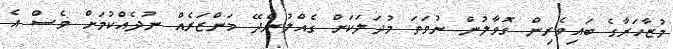
މުޒާހަރާގެ ބައިވެރިން ގޮވާލުން ނުވަތަ މުދަލަކަށް ގެއްލުންދޭ މަންޒަރެއް ނުދެއްކުމަށް ވެސް އެ